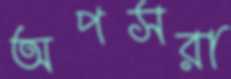
অপসরা